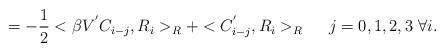
LaTeX: \begin{align*}= -\frac{1}{2} <\beta V^{'} C_{i-j},R_i>_R +<C^{'}_{i-j},R_i>_R \ \ \ \ j=0,1,2,3\ \forall i . \end{align*}